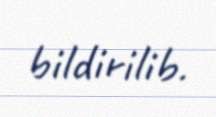
bildirilib.